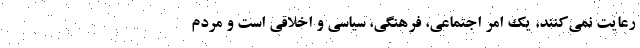
رعایت نمی‌کنند، یک امر اجتماعی، فرهنگی، سیاسی و اخلاقی است و مردم